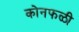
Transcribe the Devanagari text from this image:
कोनफळी